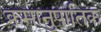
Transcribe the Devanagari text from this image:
क्रमानुपातिक